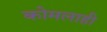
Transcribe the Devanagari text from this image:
कोमलाही